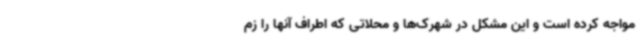
مواجه کرده است و این مشکل در شهرک‌ها و محلاتی که اطراف آنها را زم